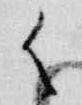
御